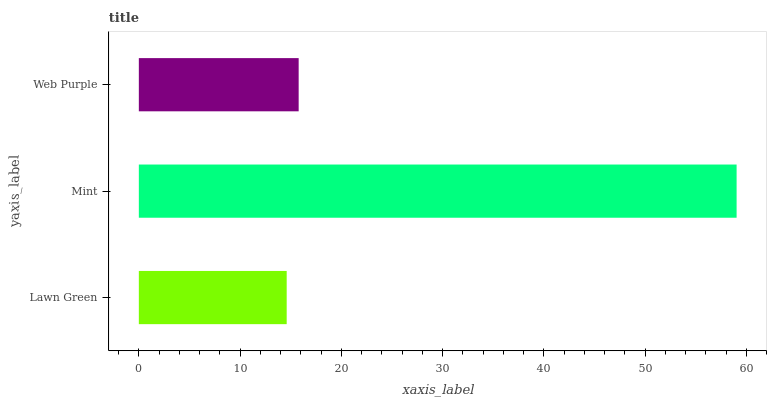
| yaxis_label | bars |
 | --- | --- |
 | Lawn Green | 14.6 |
 | Mint | 59 |
 | Web Purple | 15.8 |